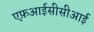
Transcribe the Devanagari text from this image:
एफ़आईसीसीआई